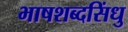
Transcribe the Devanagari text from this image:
भाषशब्दसिंधु